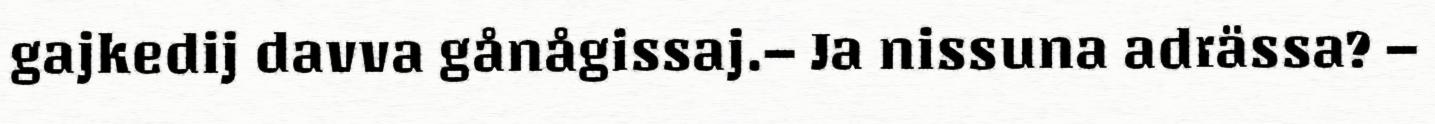
gajkedij davva gånågissaj.– Ja nissuna adrässa? –